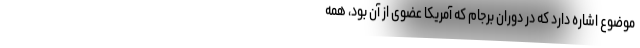
موضوع اشاره دارد که در دوران برجام که آمریکا عضوی از آن بود، همه